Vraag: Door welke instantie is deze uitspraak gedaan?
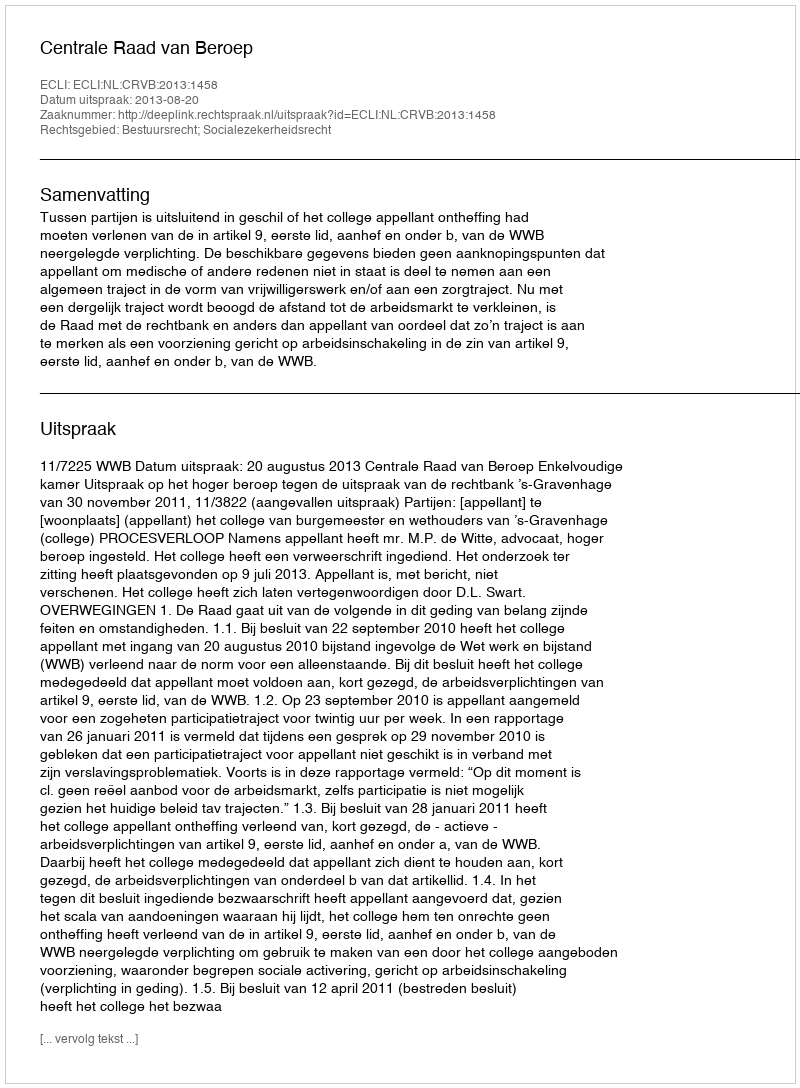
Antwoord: Centrale Raad van Beroep